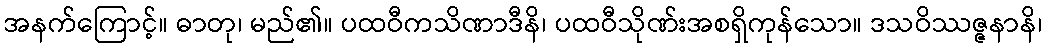
အနက်ကြောင့်။ ဓာတု၊ မည်၏။ ပထဝီကသိဏာဒီနိ၊ ပထဝီသိုဏ်းအစရှိကုန်သော။ ဒသဝိဿဇ္ဇနာနိ၊